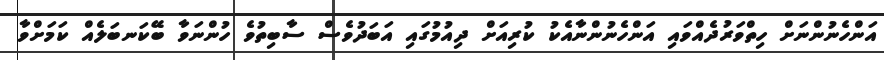
އަންހެނުންނަށް ހިތްވަރުދެއްވައި އަންހެނުންނާއެކު ކުރިއަށް ދިއުމުގައި އަބަދުވެސް ސާބިތުވެ ހުންނަވާ ބޭކަނބަލެއް ކަމަށްވާ